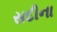
સદીના